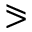
\eqslantgtr